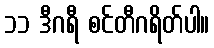
၁၁ ဒီဂရီ စင်တီဂရိတ်ပါ။